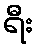
ရီး